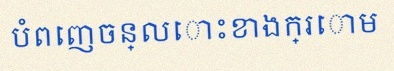
បំពេញចន្លោះខាងក្រោម